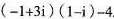
(- 1 + 3 i)(1 - i) - 4$$.